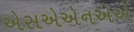
એસએએનએએ